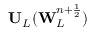
\mathbf { U } _ { L } ( \mathbf { W } _ { L } ^ { n + \frac { 1 } { 2 } } )